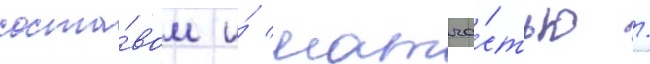
соста́вом и́ матча́стью /